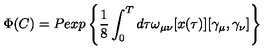
\Phi ( C ) = P e x p \left\{ \frac { 1 } { 8 } \int _ { 0 } ^ { T } d \tau \omega _ { \mu \nu } [ x ( \tau ) ] [ \gamma _ { \mu } , \gamma _ { \nu } ] \right\}